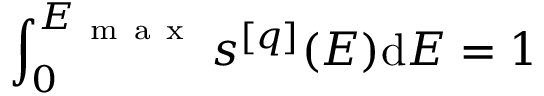
\int _ { 0 } ^ { E _ { \mathrm { ~ m ~ a ~ x ~ } } } s ^ { [ q ] } ( E ) \mathrm { d } E = 1